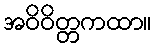
အဝိဝိတ္တကထာ။